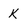
Character: K